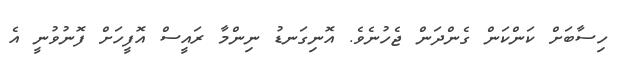
ހިސާބަށް ކަންކަން ގެންދަން ޖެހުނެވެ. އޮނިގަނޑު ނިންމާ ރައީސް އޮފީހަށް ފޮނުވުނީ އެ